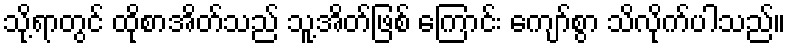
သို့ရာတွင် ထိုစာအိတ်သည် သူ့အိတ်ဖြစ် ကြောင်း ကျော်စွာ သိလိုက်ပါသည်။